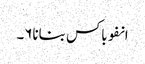
انفوباکس بنانا۶۔